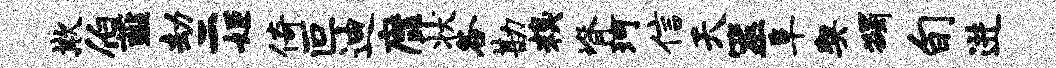
欺伯薤劫二姬倚叵迪縻状各勘糗脊珂信天筮阜契蠲旬进